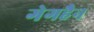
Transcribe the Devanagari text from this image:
गेगहैन